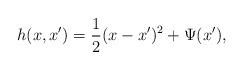
LaTeX: \begin{align*}h(x,x')=\frac{1}{2}(x-x')^2+\Psi(x'),\end{align*}